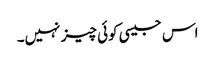
اس جیسی کوئی چیز نہیں۔